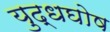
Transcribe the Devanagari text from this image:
युद्धघोष